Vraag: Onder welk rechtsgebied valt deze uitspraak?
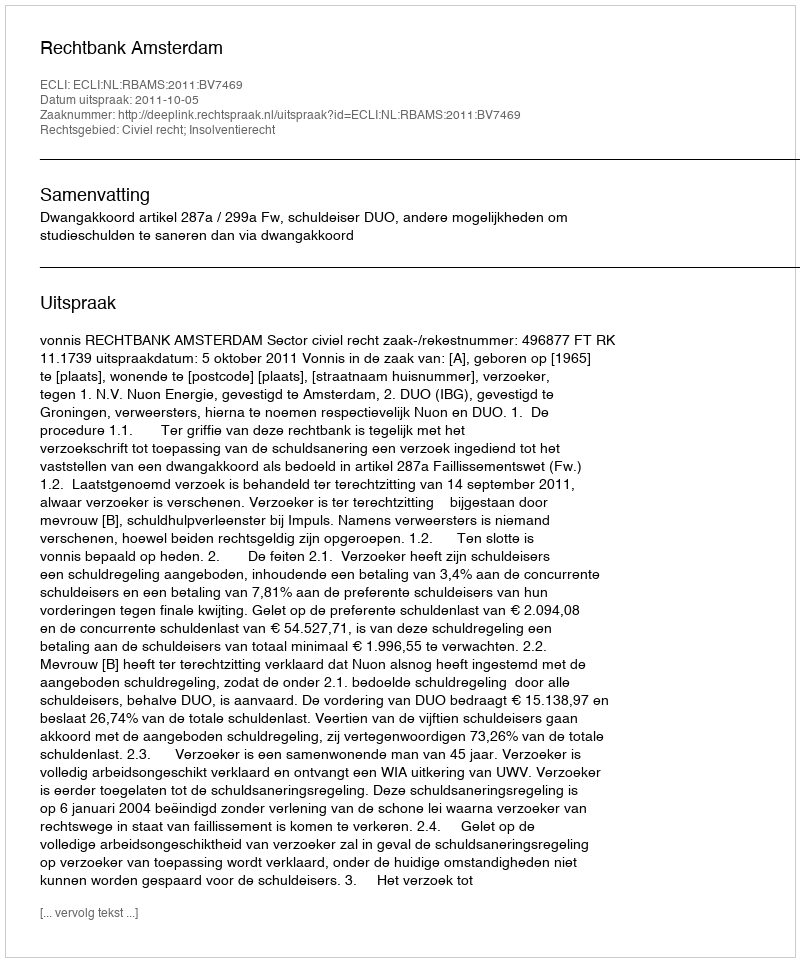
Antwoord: Civiel recht; Insolventierecht